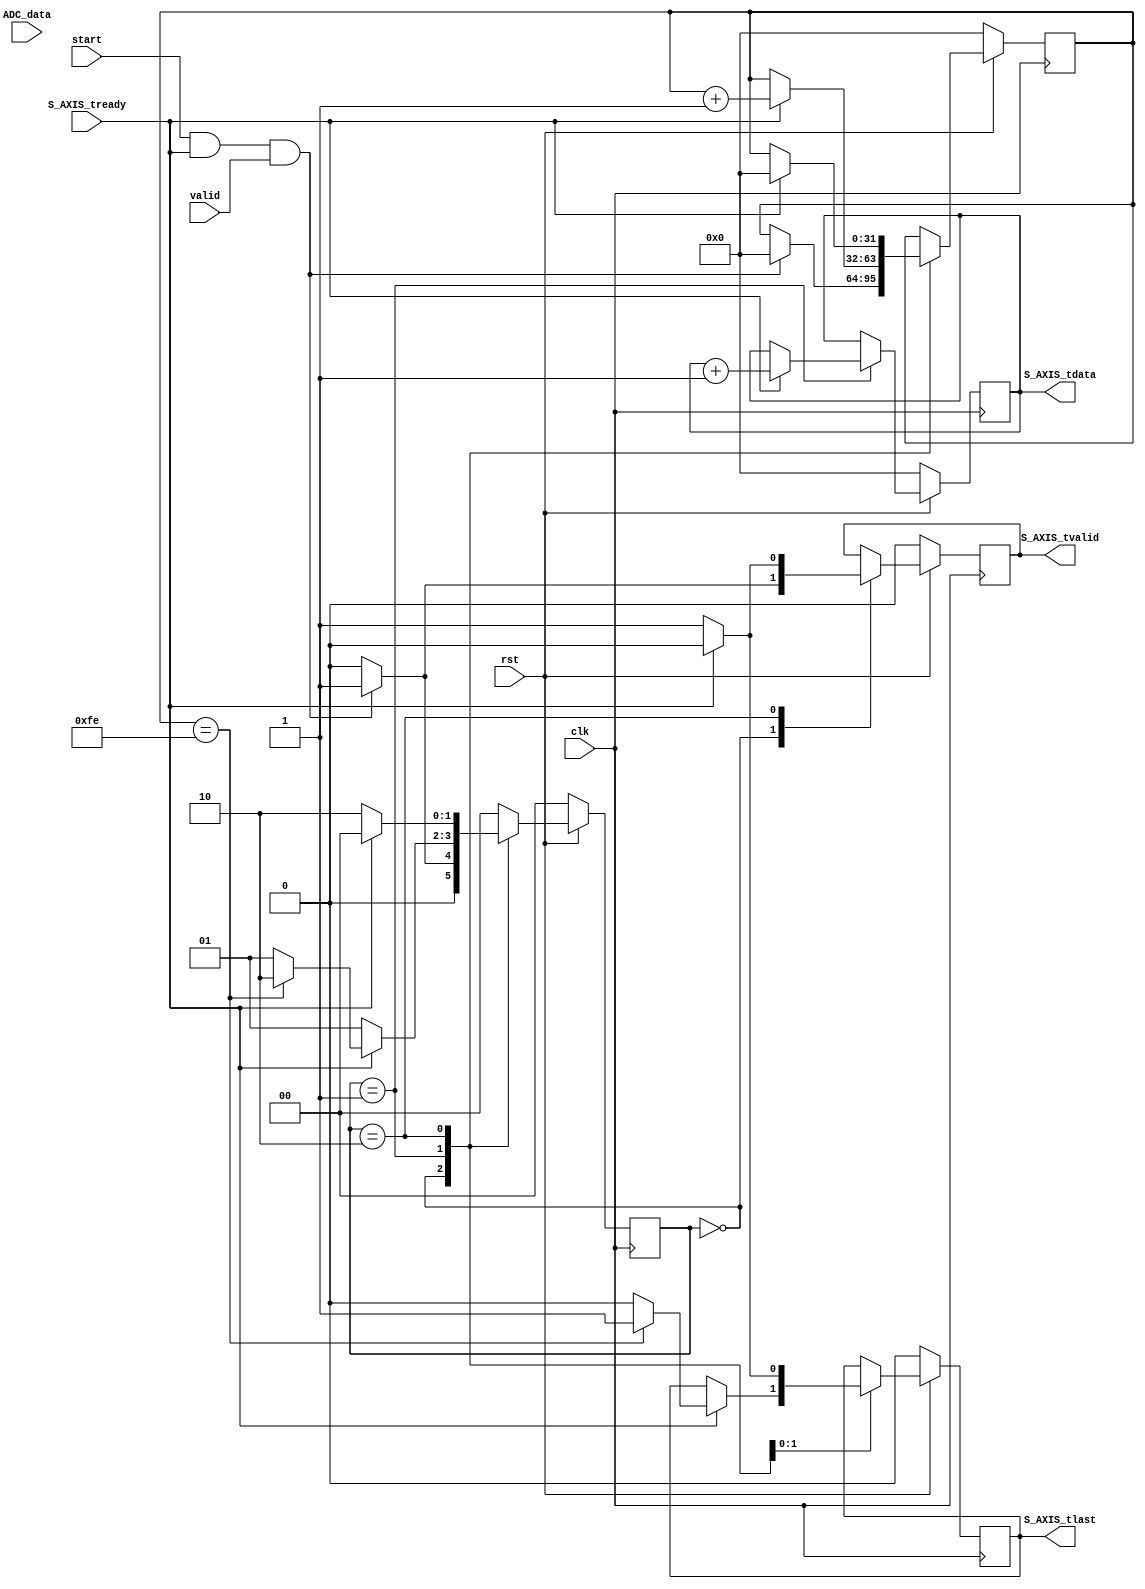
`timescale 1ns/10ps
module ctrl(
input clk,
input rst,
input start,
input valid,
input [8191:0] ADC_data,
input S_AXIS_tready,
output reg S_AXIS_tvalid,
output reg S_AXIS_tlast,
output reg [31:0] S_AXIS_tdata
);

reg [1:0] state;
reg [31:0] cnt;
always@(posedge clk) begin
  if(!rst) begin 
    S_AXIS_tvalid <= 1'b0;
    S_AXIS_tlast <= 1'b0;
    S_AXIS_tdata <= 32'd0;
    state <= 0;
    cnt <= 32'd0;
   
  end
  else begin
    case(state) //
    0: begin
      if(start&&S_AXIS_tready&&valid) begin //FIFO
        S_AXIS_tvalid <= 1'b1;       //FIFO
        state <= 1;
        cnt <= 32'd0;
        
      end
      else begin
        S_AXIS_tvalid <= 1'b0;
        state <= 0;
      end
    end
    1:begin
      if(S_AXIS_tready) begin //FIFO
        S_AXIS_tdata <= S_AXIS_tdata+1;
        cnt <= cnt + 32'b1;
        if(cnt == 32'd254) begin //
          S_AXIS_tlast <= 1'b1;//
          state <= 2;
        end
        else begin//
          S_AXIS_tlast <= 1'b0;
          state <= 1;
        end
      end
      else begin//FIFO
        S_AXIS_tdata <= S_AXIS_tdata;
        state <= 1;
      end
    end
    2:begin
      if(!S_AXIS_tready) begin //FIFO
        S_AXIS_tvalid <= 1'b1;
        S_AXIS_tlast <= 1'b1;
        S_AXIS_tdata <= S_AXIS_tdata;
        state <= 2;
      end
      else begin //
        S_AXIS_tvalid <= 1'b0;
        S_AXIS_tlast <= 1'b0;
        S_AXIS_tdata <= S_AXIS_tdata;
        state <= 0;
        cnt <= 32'd0;
      end
    end
    default: state <=0;
    endcase
  end
end
endmodule